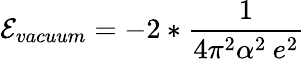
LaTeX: {\cal E}_{vacuum}=-2*\frac{1}{4\pi^{2}\alpha^{2}\: e^{2}}